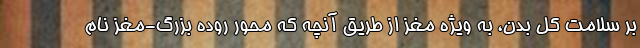
بر سلامت کل بدن، به ویژه مغز از طریق آنچه که محور روده بزرگ-مغز نام